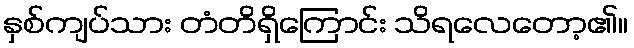
နှစ်ကျပ်သား တံတိရှိကြောင်း သိရလေတော့၏။